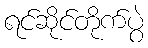
ရင်ဆိုင်တိုက်ပွဲ